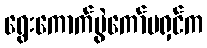
ရွေးကောက်ပွဲကော်မရှင်က